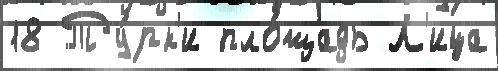
18 Ту́рк'и пло́щадь Л'ица